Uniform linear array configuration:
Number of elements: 12
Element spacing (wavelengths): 0.5
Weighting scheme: hamming
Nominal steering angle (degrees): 30
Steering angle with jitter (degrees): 31.271
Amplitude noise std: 0.05
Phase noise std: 0.05

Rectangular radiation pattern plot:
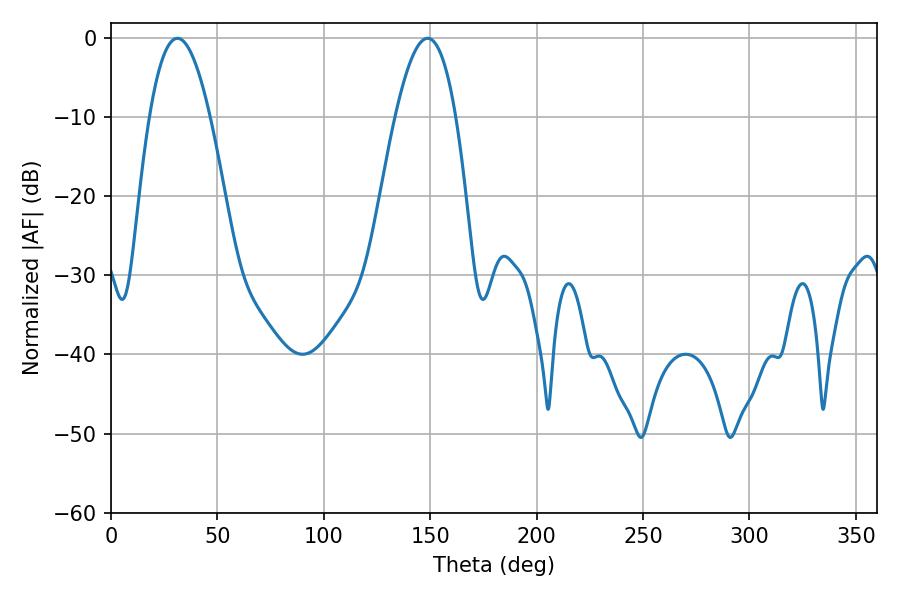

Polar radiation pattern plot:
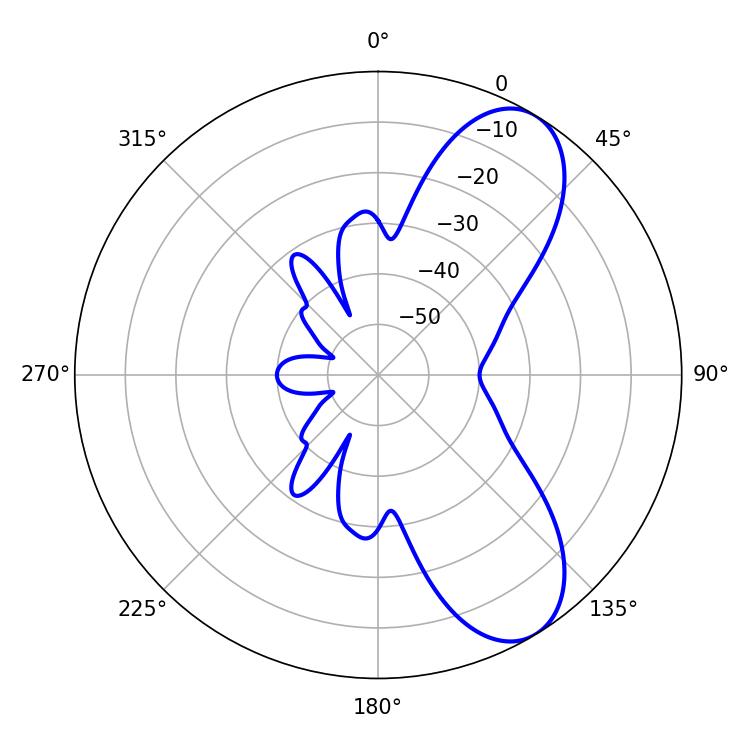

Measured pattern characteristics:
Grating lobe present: FALSE
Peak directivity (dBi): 8.132
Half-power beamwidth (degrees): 15.66
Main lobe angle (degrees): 31.14